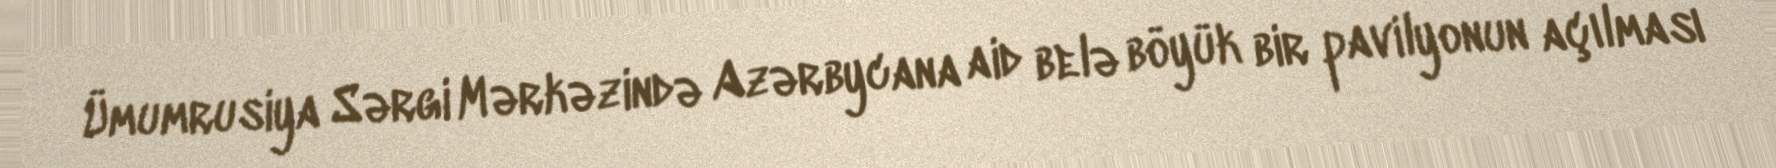
Ümumrusiya Sərgi Mərkəzində Azərbycana aid belə böyük bir pavilyonun açılması